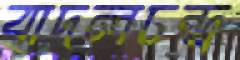
বাদলচন্দ্র